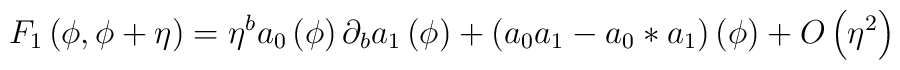
F_1 \left( \phi, \phi + \eta \right) = \eta^b a_0 \left( \phi \right) \partial_b a_1 \left( \phi \right) + \left( a_0 a_1 - a_0 \ast a_1 \right) \left( \phi \right) + O \left( \eta^2 \right)